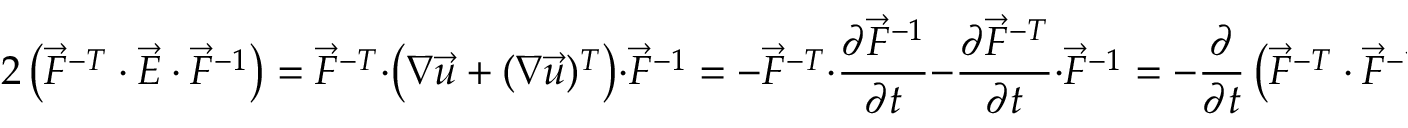
2 \left( \vec { F } ^ { - T } \cdot \vec { E } \cdot \vec { F } ^ { - 1 } \right) = \vec { F } ^ { - T } \cdot \left( \boldsymbol { \nabla } \vec { u } + ( \boldsymbol { \nabla } \vec { u } ) ^ { T } \right) \cdot \vec { F } ^ { - 1 } = - \vec { F } ^ { - T } \cdot \frac { \partial \vec { F } ^ { - 1 } } { \partial t } - \frac { \partial \vec { F } ^ { - T } } { \partial t } \cdot \vec { F } ^ { - 1 } = - \frac { \partial } { \partial t } \left( \vec { F } ^ { - T } \cdot \vec { F } ^ { - 1 } \right) ,